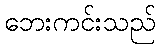
ဘေးကင်းသည်